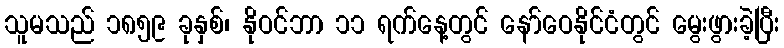
သူမသည် ၁၈၅၉ ခုနှစ်၊ နိုဝင်ဘာ ၁၁ ရက်နေ့တွင် နော်ဝေနိုင်ငံတွင် မွေးဖွားခဲ့ပြီး